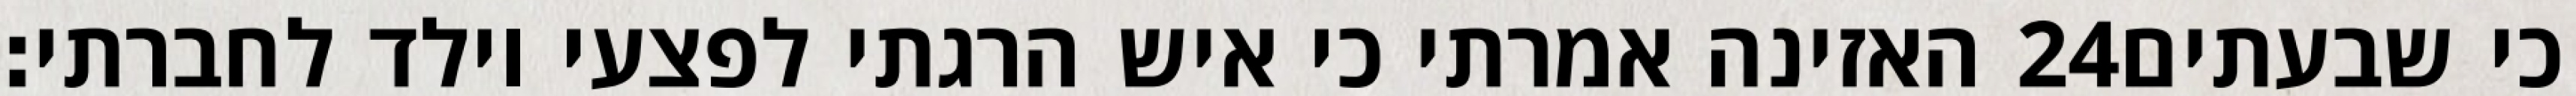
האזינה אמרתי כי איש הרגתי לפצעי וילד לחברתי׃ ‎24‏ כי שבעתים